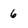
Character: 6